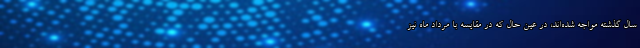
سال گذشته مواجه شده‌اند، در عین حال که در مقایسه با مرداد ماه نیز